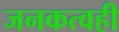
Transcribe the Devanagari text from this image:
जनकत्वही